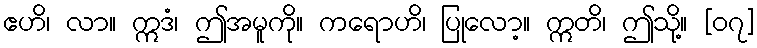
ဧဟိ၊ လာ။ ဣဒံ၊ ဤအမူကို။ ကရောဟိ၊ ပြုလော့။ ဣတိ၊ ဤသို့။ [၀၇]